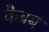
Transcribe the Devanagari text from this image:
कैबब